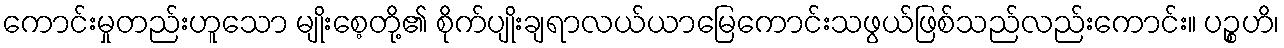
ကောင်းမှုတည်းဟူသော မျိုးစေ့တို့၏ စိုက်ပျိုးချရာလယ်ယာမြေကောင်းသဖွယ်ဖြစ်သည်လည်းကောင်း။ ပဉ္စဟိ၊